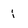
Character: i